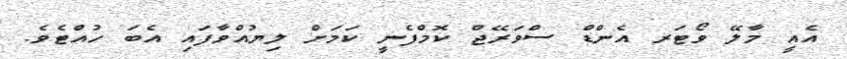
އެއީ މާލޭ ވޯޓަރ އެންޑް ސްވަރޭޖް ކޮމްފެނީ ކަމަށް ލިޔުއްވާފައި އެބަ ހުއްޓެވެ.